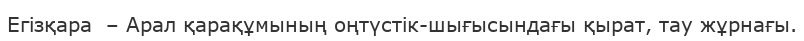
Егізқара  – Арал қарақұмының оңтүстік-шығысындағы қырат, тау жұрнағы.